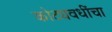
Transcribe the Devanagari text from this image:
कोट्यवधींचा